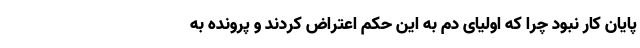
پایان کار نبود چرا که اولیای دم به این حکم اعتراض کردند و پرونده به